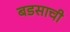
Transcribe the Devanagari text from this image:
बडसाची